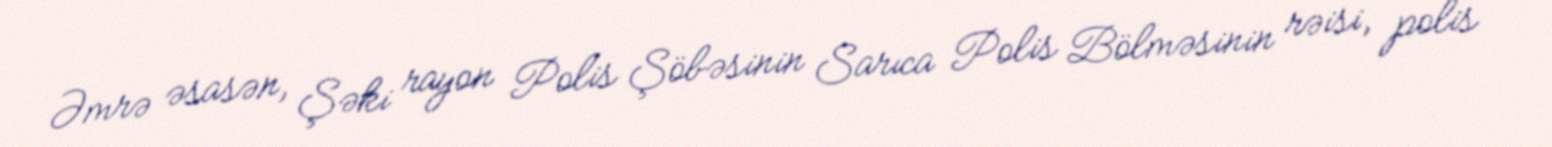
Əmrə əsasən, Şəki rayon Polis Şöbəsinin Sarıca Polis Bölməsinin rəisi, polis